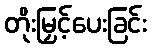
တိုးမြှင့်ပေးခြင်း